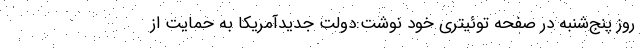
روز پنج‌شنبه در صفحه توئیتری خود نوشت:دولت جدیدآمریکا به حمایت از